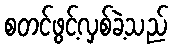
စတင်ဖွင့်လှစ်ခဲ့သည်